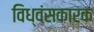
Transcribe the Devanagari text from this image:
विध्वंसकारक